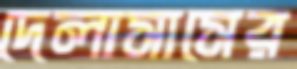
দেলাসাসের